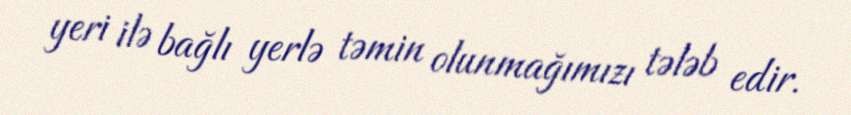
yeri ilə bağlı yerlə təmin olunmağımızı tələb edir.